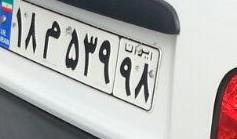
۱۸م۵۳۹۹۸